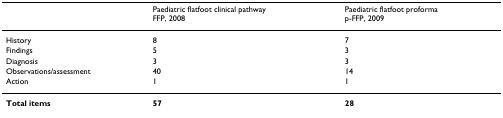
<table><thead><tr><td></td><td><b>Paediatric flatfoot clinical pathwayFFP, 2008</b></td><td><b>Paediatric flatfoot proformap-FFP, 2009</b></td></tr></thead><tbody><tr><td>History</td><td>8</td><td>7</td></tr><tr><td>Findings</td><td>5</td><td>3</td></tr><tr><td>Diagnosis</td><td>3</td><td>3</td></tr><tr><td>Observations/assessment</td><td>40</td><td>14</td></tr><tr><td>Action</td><td>1</td><td>1</td></tr><tr><td><b>Total items</b></td><td><b>57</b></td><td><b>28</b></td></tr></tbody></table>